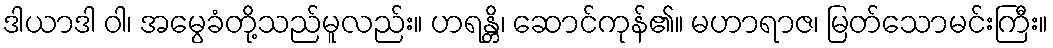
ဒါယာဒါ ဝါ၊ အမွေခံတို့သည်မူလည်း။ ဟရန္တိ၊ ဆောင်ကုန်၏။ မဟာရာဇ၊ မြတ်သောမင်းကြီး။